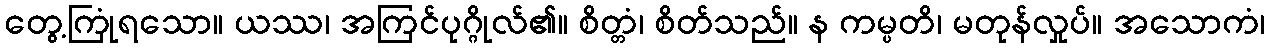
တွေ့ကြုံရသော။ ယဿ၊ အကြင်ပုဂ္ဂိုလ်၏။ စိတ္တံ၊ စိတ်သည်။ န ကမ္ပတိ၊ မတုန်လှုပ်။ အသောကံ၊